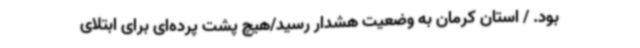
بود. / استان کرمان به وضعیت هشدار رسید/هیچ پشت پرده‌ای برای ابتلای